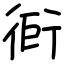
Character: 衐